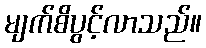
မျက်စိပွင့်လာသည်။